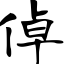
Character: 倬